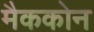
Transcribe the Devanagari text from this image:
मैककोन